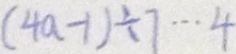
( 4 a - 1 ) \div 7 \cdots 4